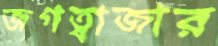
জগত্বাজার